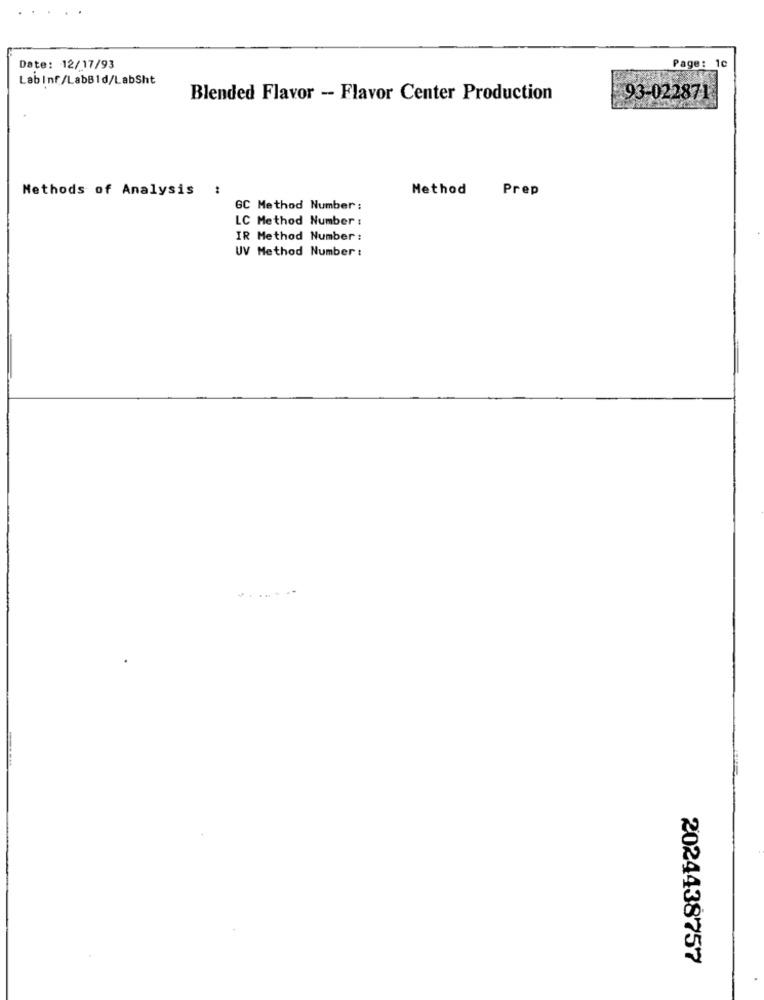
Date: 12/17/93
Page: 10
Lab Inf/LabBid/LabSht
Blended Flavor - Flavor Center Production
93-022871
Methods of Analysis :
Method
Prep
GC Method Number :
LC Method Number :
IR Method Number :
UV Method Number :
2024438757